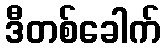
ဒီတစ်ခေါက်